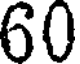
60